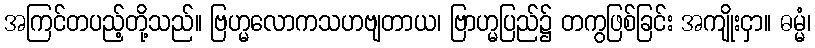
အကြင်တပည့်တို့သည်။ ဗြဟ္မလောကသဟဗျတာယ၊ ဗြာဟ္မပြည်၌ တကွဖြစ်ခြင်း အကျိုးငှာ။ ဓမ္မံ၊